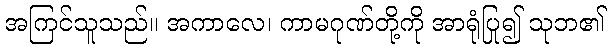
အကြင်သူသည်။ အကာလေ၊ ကာမဂုဏ်တို့ကို အာရုံပြု၍ သုဘ၏